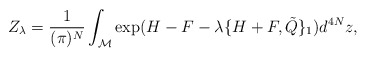
\begin{align*}Z_{\lambda}=\frac{1}{(\pi)^N}\int_{{\cal M}}\exp(H-F-\lambda \{H+F, {\tilde Q\}_{1}}) d^{4N}z ,\end{align*}